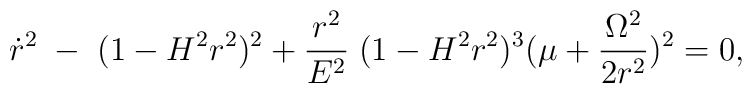
\dot{r}^{2}\;-\;(1-H^{2}r^{2})^{2}+\frac{r^{2}}{E^{2}}\;(1-H^{2}r^{2})^{3}(\mu+\frac{\Omega^{2}}{2r^{2}})^{2}=0,